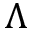
\Lambda